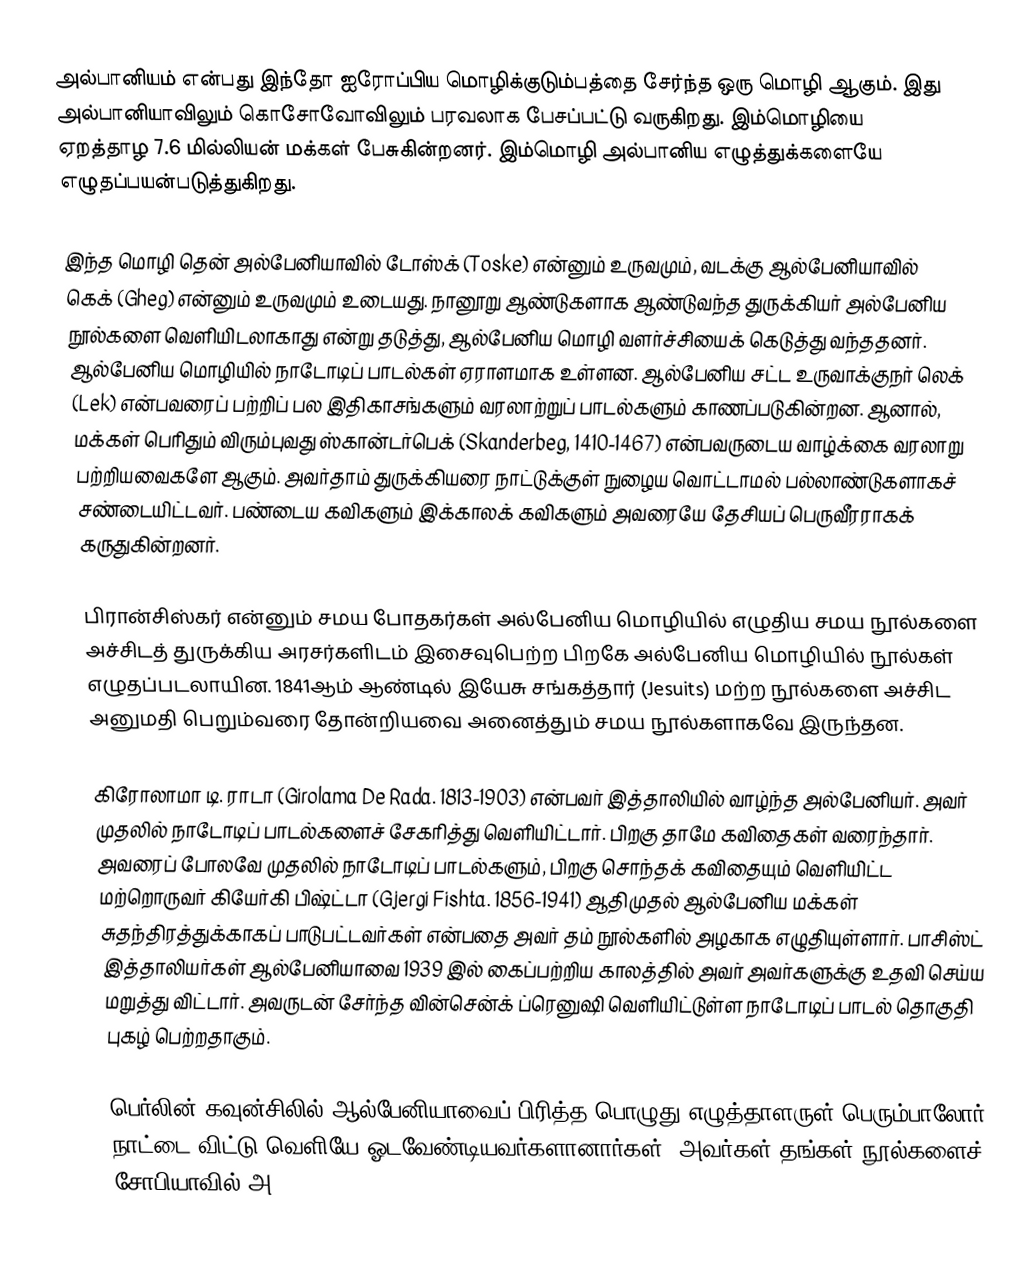
அல்பானியம் என்பது இந்தோ ஐரோப்பிய மொழிக்குடும்பத்தை சேர்ந்த ஒரு மொழி ஆகும். இது அல்பானியாவிலும் கொசோவோவிலும் பரவலாக பேசப்பட்டு வருகிறது. இம்மொழியை ஏறத்தாழ 7.6 மில்லியன் மக்கள் பேசுகின்றனர். இம்மொழி அல்பானிய எழுத்துக்களையே எழுதப்பயன்படுத்துகிறது.

இந்த மொழி தென் அல்பேனியாவில் டோஸ்க் (Toske) என்னும் உருவமும், வடக்கு ஆல்பேனியாவில் கெக் (Gheg) என்னும் உருவமும் உடையது. நானூறு ஆண்டுகளாக ஆண்டுவந்த துருக்கியர் அல்பேனிய நூல்களை வெளியிடலாகாது என்று தடுத்து, ஆல்பேனிய மொழி வளர்ச்சியைக் கெடுத்து வந்ததனர். ஆல்பேனிய மொழியில் நாடோடிப் பாடல்கள் ஏராளமாக உள்ளன. ஆல்பேனிய சட்ட உருவாக்குநர் லெக் (Lek) என்பவரைப் பற்றிப் பல இதிகாசங்களும் வரலாற்றுப் பாடல்களும் காணப்படுகின்றன. ஆனால், மக்கள் பெரிதும் விரும்புவது ஸ்கான்டர்பெக் (Skanderbeg, 1410-1467) என்பவருடைய வாழ்க்கை வரலாறு பற்றியவைகளே ஆகும். அவர்தாம் துருக்கியரை நாட்டுக்குள் நுழைய வொட்டாமல் பல்லாண்டுகளாகச் சண்டையிட்டவர். பண்டைய கவிகளும் இக்காலக் கவிகளும் அவரையே தேசியப் பெருவீரராகக் கருதுகின்றனர்.

பிரான்சிஸ்கர் என்னும் சமய போதகர்கள் அல்பேனிய மொழியில் எழுதிய சமய நூல்களை அச்சிடத் துருக்கிய அரசர்களிடம் இசைவுபெற்ற பிறகே அல்பேனிய மொழியில் நூல்கள் எழுதப்படலாயின. 1841ஆம் ஆண்டில் இயேசு சங்கத்தார் (Jesuits) மற்ற நூல்களை அச்சிட அனுமதி பெறும்வரை தோன்றியவை அனைத்தும் சமய நூல்களாகவே இருந்தன.

கிரோலாமா டி. ராடா (Girolama De Rada. 1813-1903) என்பவர் இத்தாலியில் வாழ்ந்த அல்பேனியர். அவர் முதலில் நாடோடிப் பாடல்களைச் சேகரித்து வெளியிட்டார். பிறகு தாமே கவிதைகள் வரைந்தார். அவரைப் போலவே முதலில் நாடோடிப் பாடல்களும், பிறகு சொந்தக் கவிதையும் வெளியிட்ட மற்றொருவர் கியேர்கி பிஷ்ட்டா (Gjergi Fishta. 1856-1941) ஆதிமுதல் ஆல்பேனிய மக்கள் சுதந்திரத்துக்காகப் பாடுபட்டவர்கள் என்பதை அவர் தம் நூல்களில் அழகாக எழுதியுள்ளார். பாசிஸ்ட் இத்தாலியர்கள் ஆல்பேனியாவை 1939 இல் கைப்பற்றிய காலத்தில் அவர் அவர்களுக்கு உதவி செய்ய மறுத்து விட்டார். அவருடன் சேர்ந்த வின்சென்க் ப்ரெனுஷி வெளியிட்டுள்ள நாடோடிப் பாடல் தொகுதி புகழ் பெற்றதாகும்.

பெர்லின் கவுன்சிலில் ஆல்பேனியாவைப் பிரித்த பொழுது எழுத்தாளருள் பெரும்பாலோர் நாட்டை விட்டு வெளியே ஓடவேண்டியவர்களானார்கள். அவர்கள் தங்கள் நூல்களைச் சோபியாவில் அ